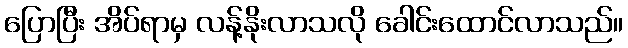
ပြောပြီး အိပ်ရာမှ လန့်နိုးလာသလို ခေါင်းထောင်လာသည်။